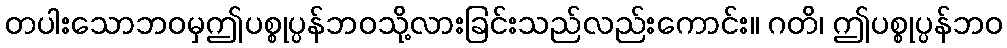
တပါးသောဘဝမှဤပစ္စုပ္ပန်ဘဝသို့လားခြင်းသည်လည်းကောင်း။ ဂတိ၊ ဤပစ္စုပ္ပန်ဘဝ